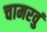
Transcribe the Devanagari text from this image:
चामरवुं